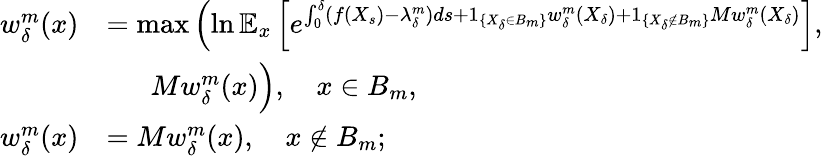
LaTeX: \begin{array}{rl}{w_{\delta}^{m}(x)}&{=\operatorname*{max}\left(\ln\mathbb{E}_{x}\left[e^{\int_{0}^{\delta}(f(X_{s})-\lambda_{\delta}^{m})ds+1_{\{ X_{\delta}\in B_{m}\} }w_{\delta}^{m}(X_{\delta})+1_{\{ X_{\delta}\notin B_{m}\} }Mw_{\delta}^{m}(X_{\delta})}\right]\right.,}\\ &{\phantom{==}Mw_{\delta}^{m}(x)\Big),\quad x\in B_{m},}\\ {w_{\delta}^{m}(x)}&{=Mw_{\delta}^{m}(x),\quad x\notin B_{m};}\end{array}